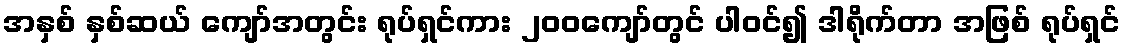
အနှစ် နှစ်ဆယ် ကျော်အတွင်း ရုပ်ရှင်ကား ၂၀၀ကျော်တွင် ပါဝင်၍ ဒါရိုက်တာ အဖြစ် ရုပ်ရှင်